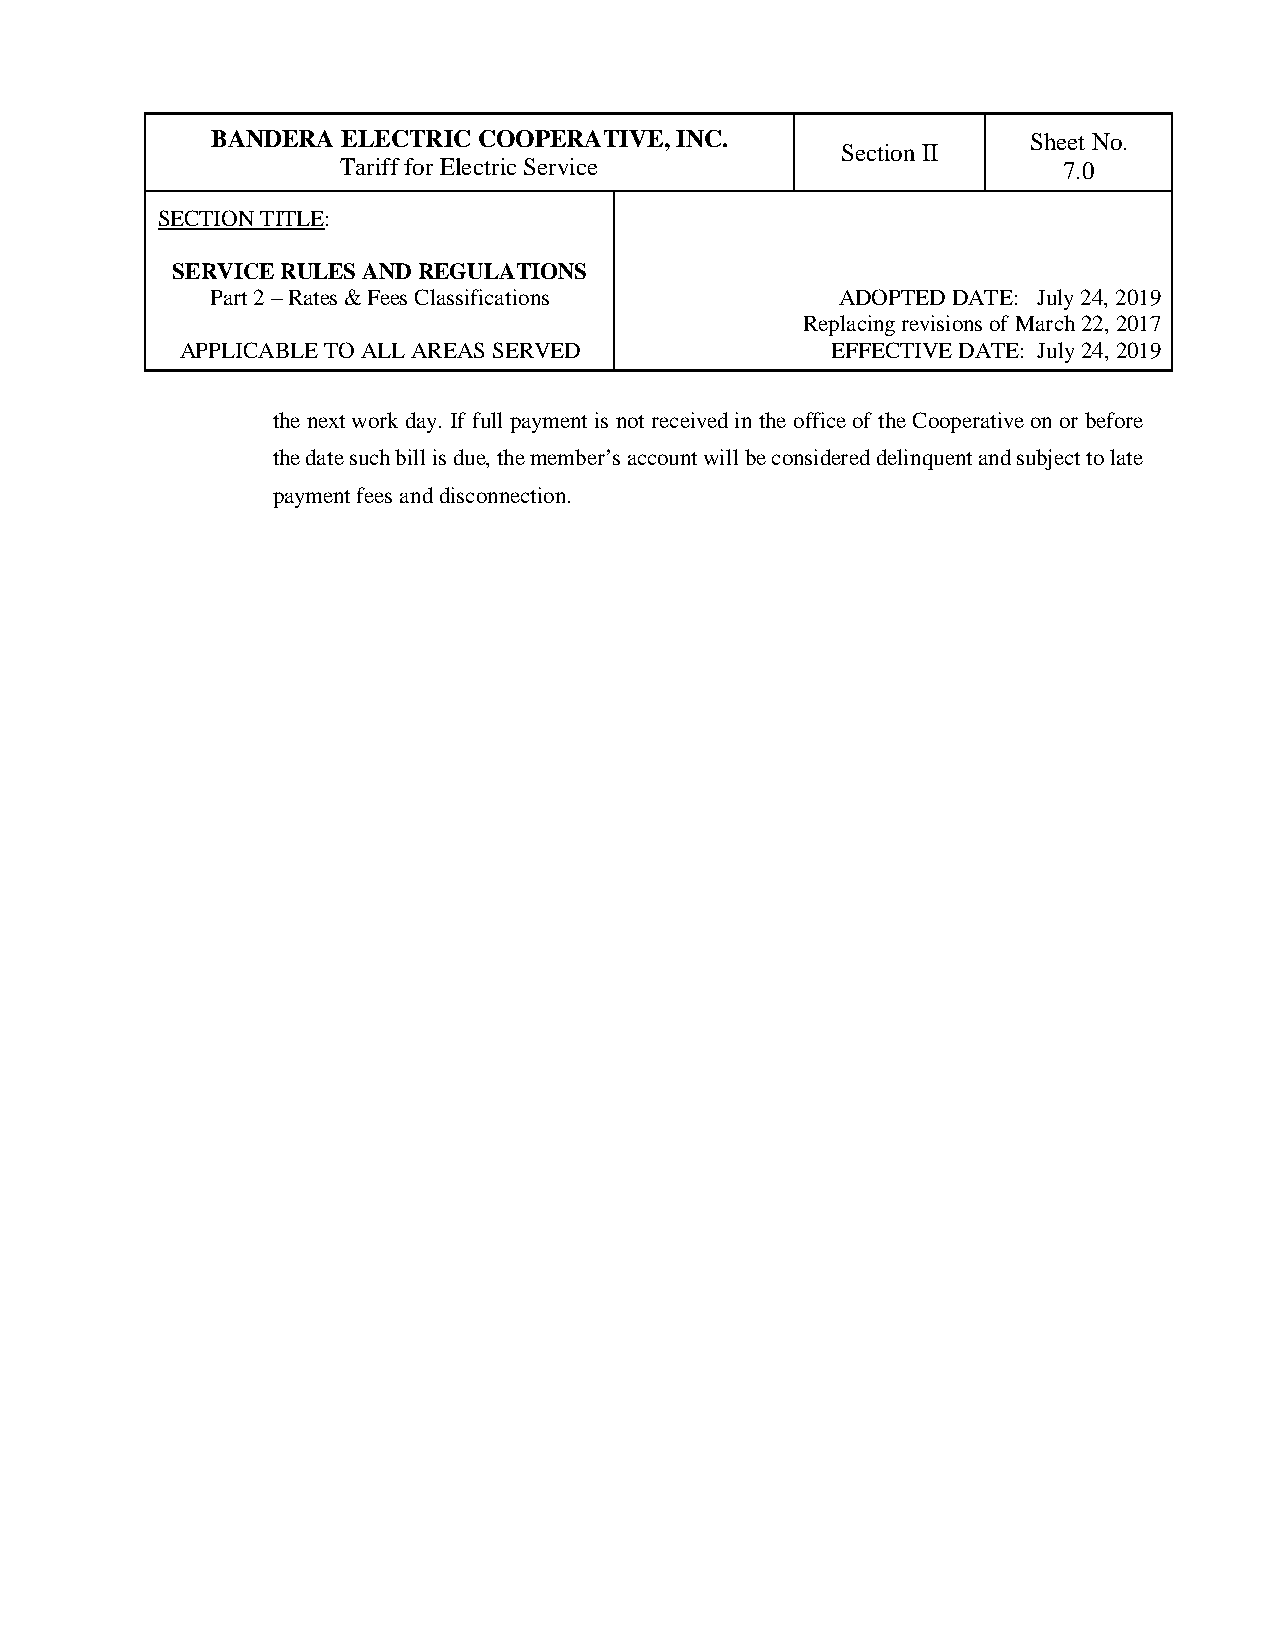
BANDERA  ELECTRIC COOPERATIVE, INC.                   Sheet No.
 Section II
 Tariff for Electric Service                    7.0
 SECTION TITLE:
 SERVICE RULES AND REGULATIONS
 Part 2 – Rates & Fees Classifications     ADOPTED DATE: July 24, 2019
 Replacing revisions of March 22, 2017
 APPLICABLE TO ALL AREAS SERVED             EFFECTIVE DATE: July 24, 2019
 the next work day. If full payment is not received in the office of the Cooperative on or before
 the date such bill is due, the member’s account will be considered delinquent and subject to late
 payment fees and disconnection.